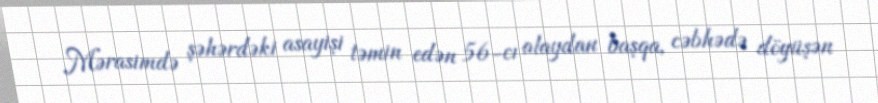
Mərasimdə şəhərdəki asayişi təmin edən 56-cı alaydan başqa, cəbhədə döyüşən